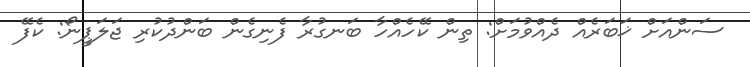
ސަންއަށް ޚަބަރެއް ދެއްވުމަށް: ތިން ކޭހެއްހާ ބަނގުރާ ފެނިގެން ބަންދުކުރި ޖަލަޕީނޯ: ކެފޭ